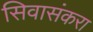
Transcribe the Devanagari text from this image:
सिवासंकरा